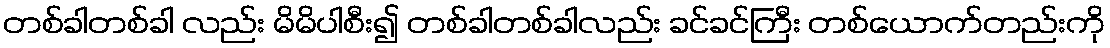
တစ်ခါတစ်ခါ လည်း မိမိပါစီး၍ တစ်ခါတစ်ခါလည်း ခင်ခင်ကြီး တစ်ယောက်တည်းကို